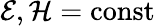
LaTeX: {\cal E},{\cal H}=\mathrm{const}